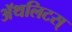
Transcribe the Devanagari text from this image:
ॲथलिटस्